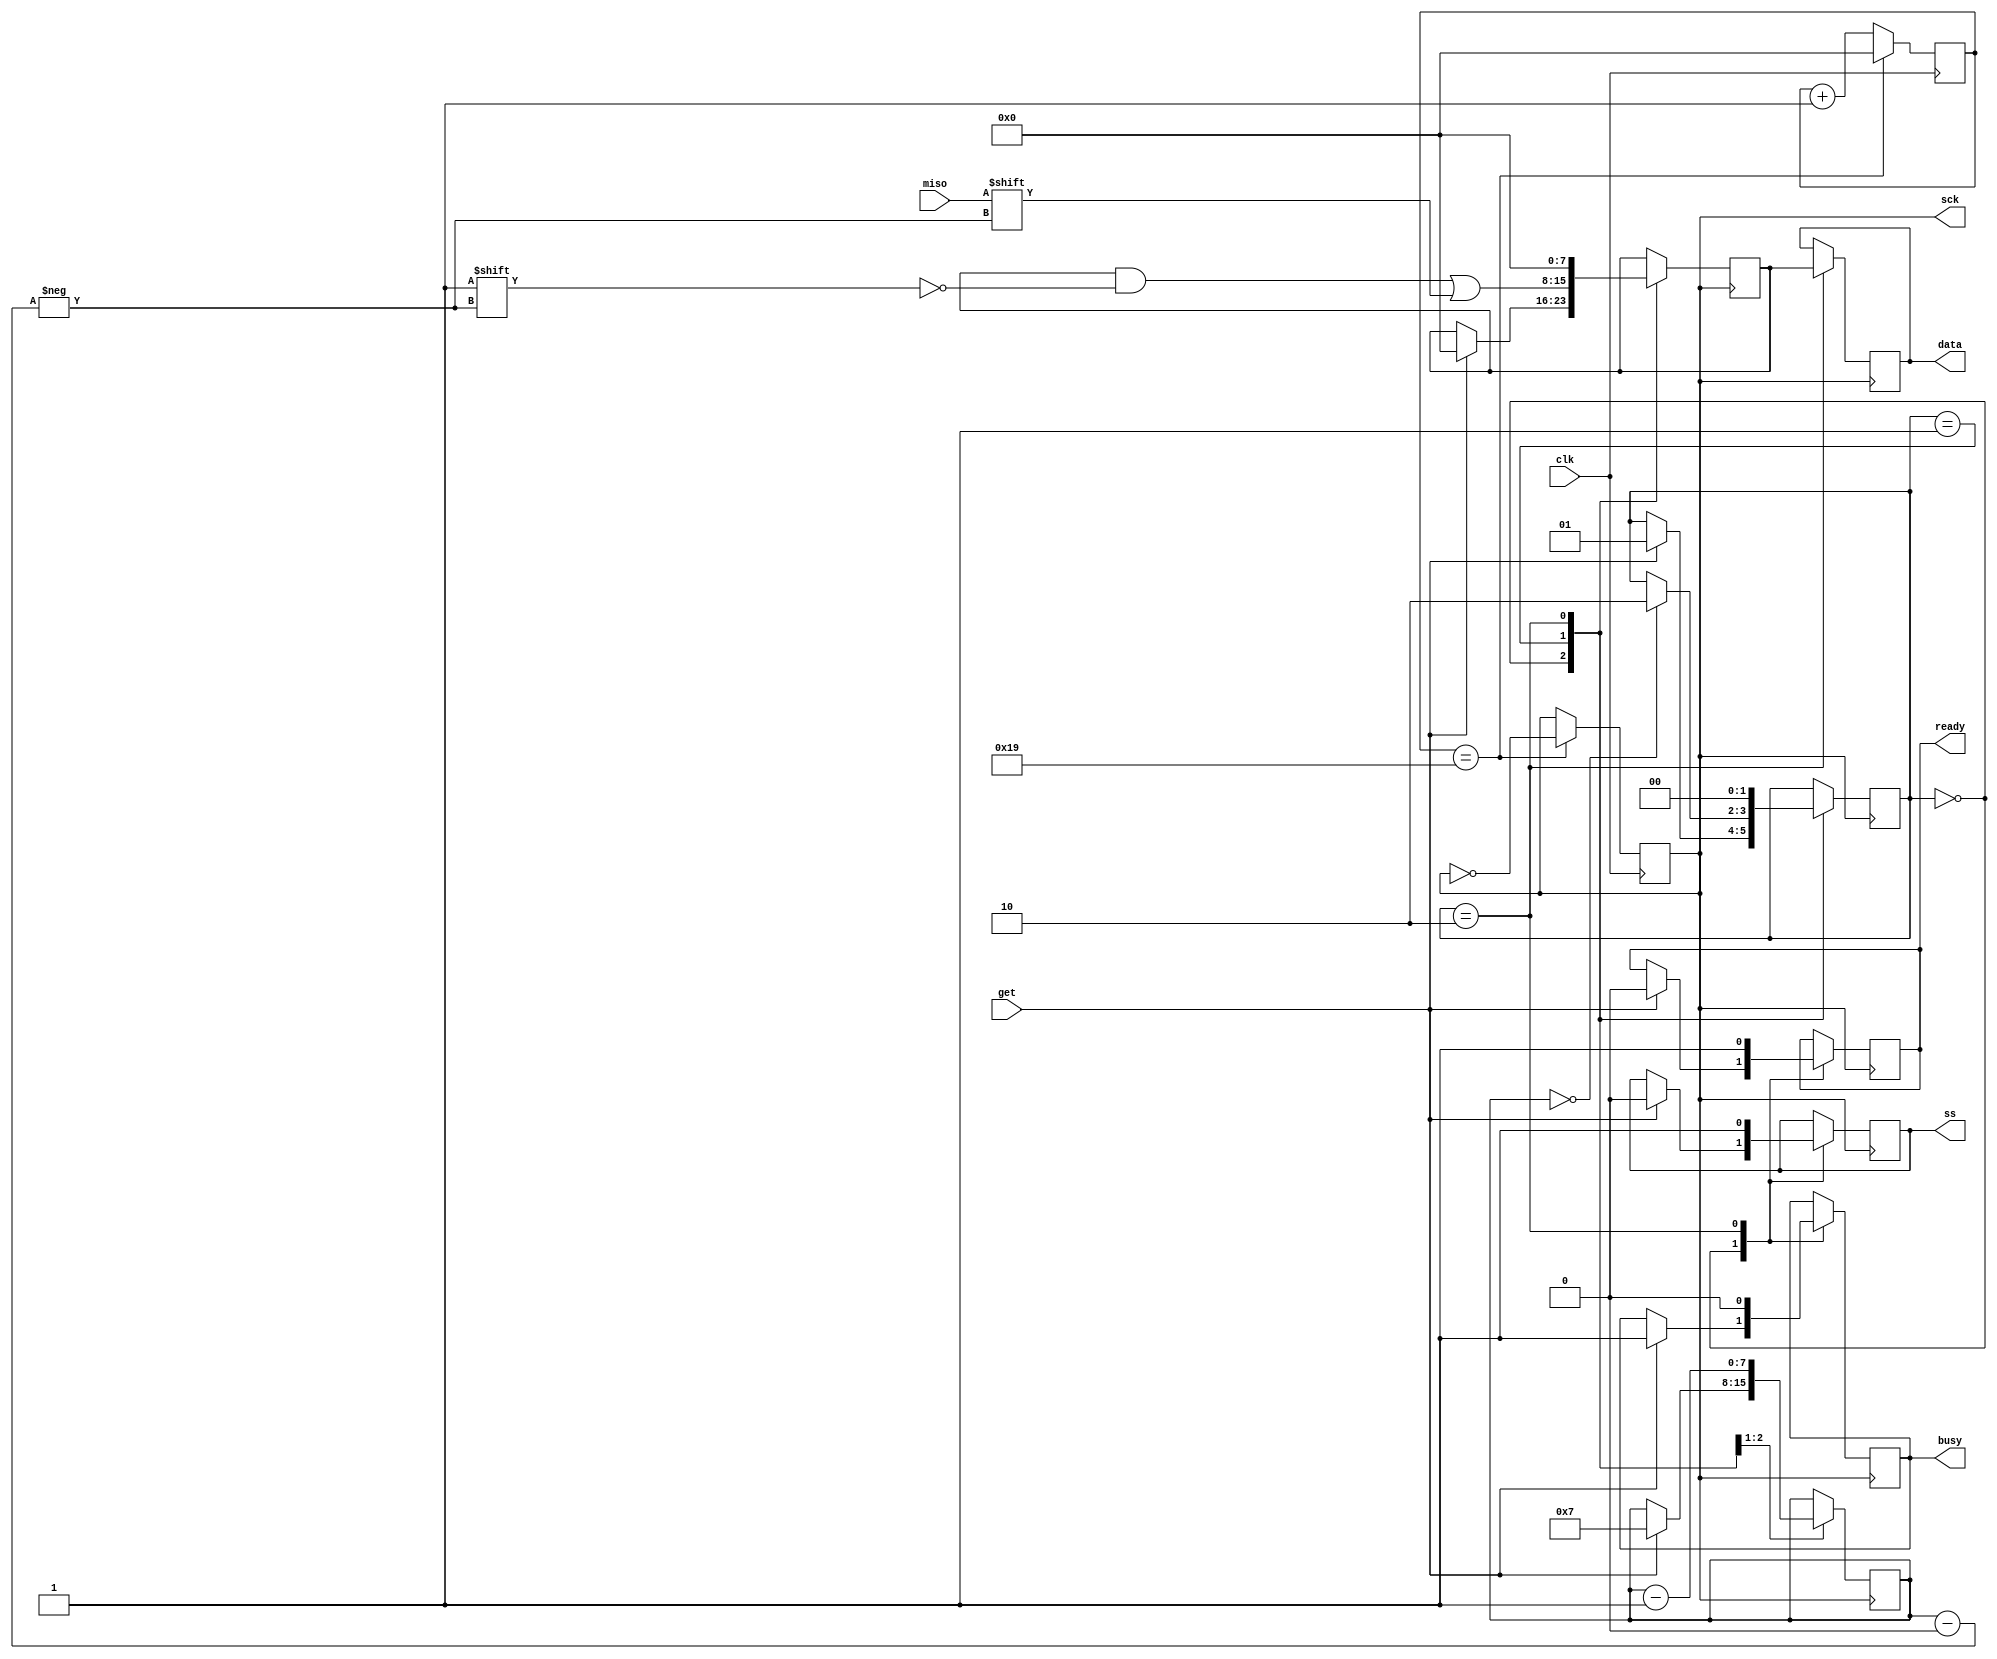
module SPI_leader_receiver(clk, miso, get, data, sck, ss, busy, ready);
parameter data_length = 8;
input clk, miso, get;
output reg [data_length-1:0] data;
output reg ss=1;
output reg sck = 0;
output reg busy = 0;
output reg ready = 0;

localparam RDY = 2'b00, RECEIVE=2'b01, STOP = 2'b10;
reg [1:0] state = RDY;
reg [data_length-1:0] data_temp = 0;
reg [7:0] index = 0;
reg [7:0] clkdiv = 0;

always @(posedge clk)
    if(clkdiv==8'd25)
    begin
        clkdiv <= 0;
        sck <= ~sck;
    end
    else
        clkdiv <= clkdiv+1;
always @(posedge sck)
case(state)
RDY:
    if(get)
    begin
    ss<=0;
    state <= RECEIVE;
    busy<=1;
    ready<=0;
    data_temp<=0;
    index<=data_length-1;
    end
RECEIVE:
    begin
    if(index==0)
        state<=STOP;
    data_temp[index]<=miso;
    index<=index-1;
    end
STOP:
begin
    busy<=0;
    ready<=1;
    ss<=1;
    data_temp<=0;
    data<=data_temp;
    state<=RDY;
end
endcase
endmodule